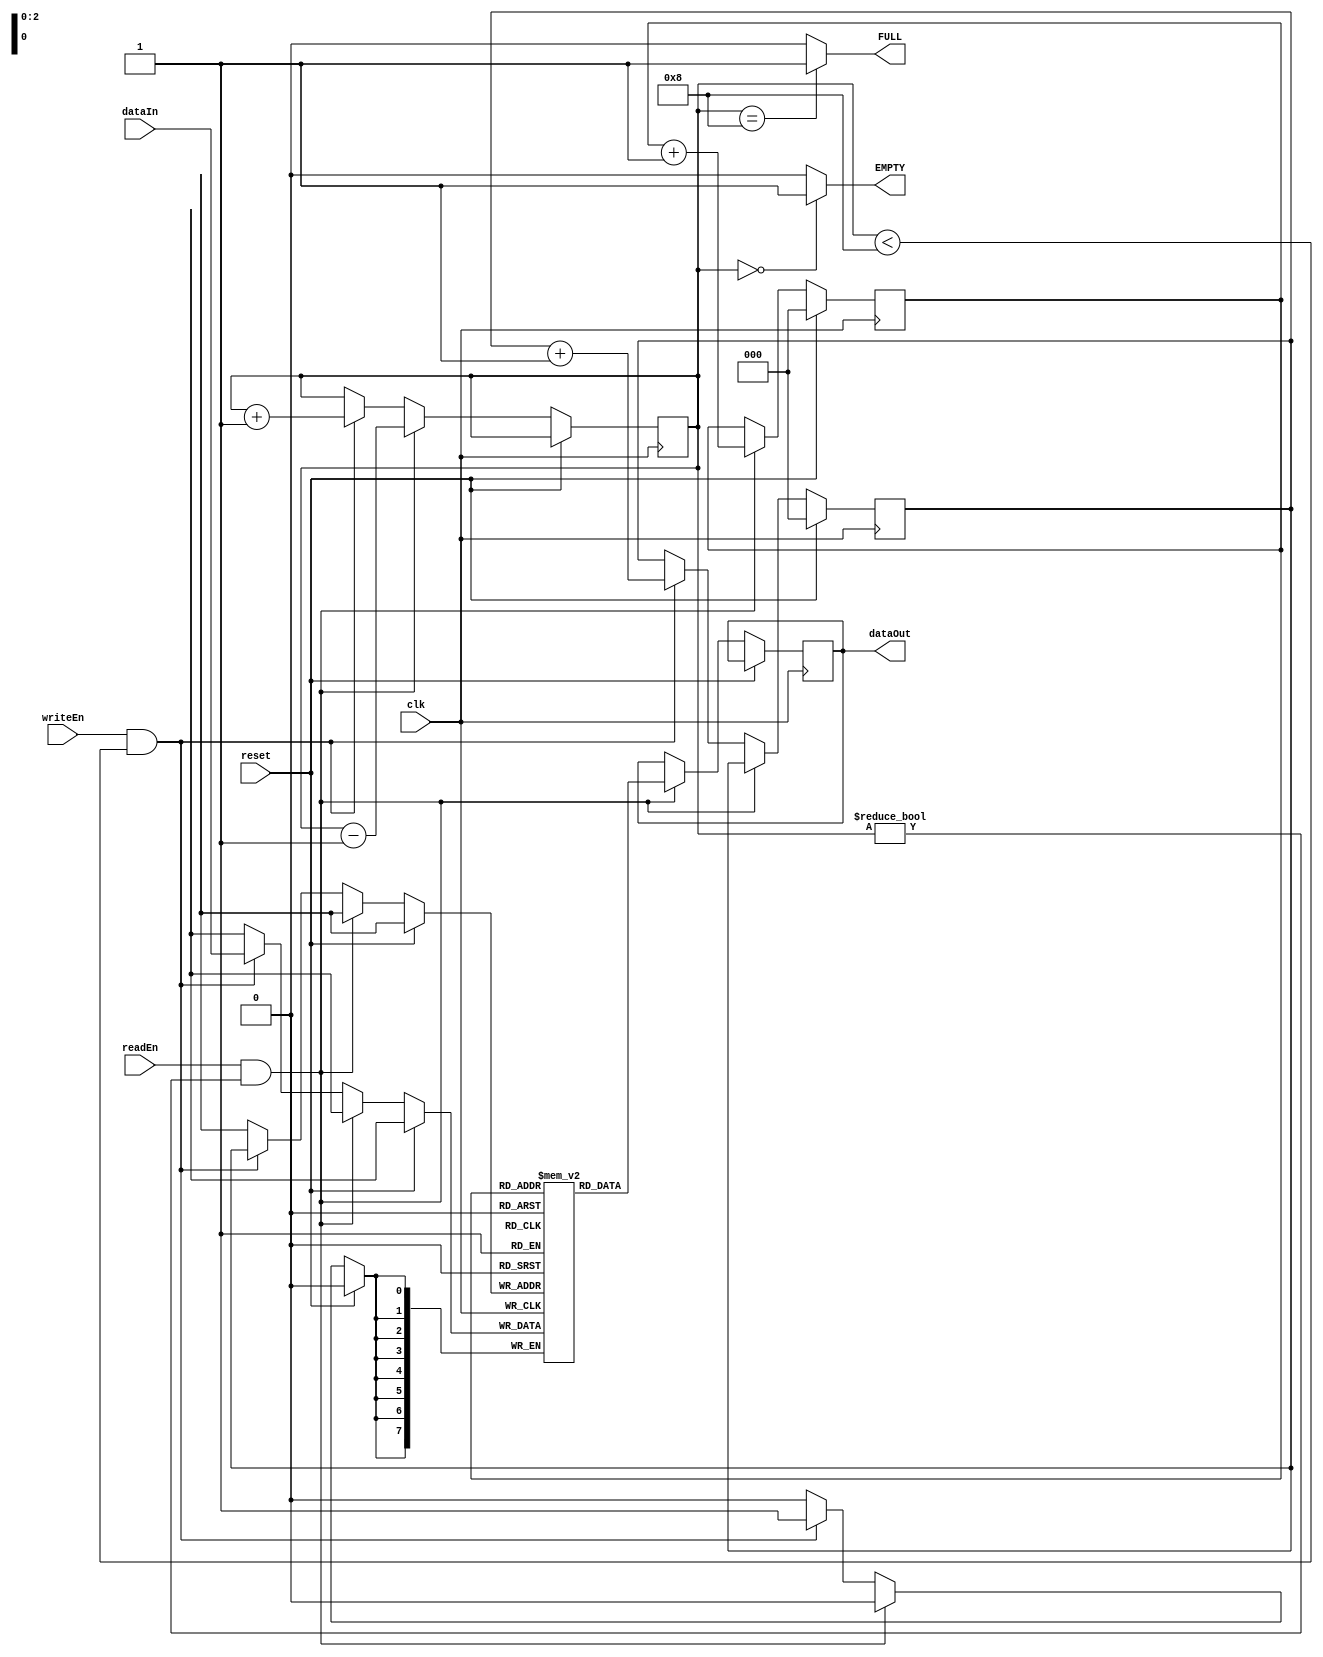
module fifo( clk, dataIn, readEn, writeEn, dataOut, reset, EMPTY, FULL); 

    input clk, readEn, writeEn, reset;
    output EMPTY, FULL;
    input [7:0] dataIn;

    output reg [7:0] dataOut;
    reg [3:0] counter = 0; 
    reg [7:0] FIFO [0:7]; 
    reg [2:0]  readPtr = 0, writePtr = 0; 

    assign EMPTY = (counter==0) ? 1'b1 : 1'b0; 
    assign FULL = (counter==8) ? 1'b1 : 1'b0; 

    always @ (posedge clk) begin 

        if (reset) begin 
            readPtr = 0; 
            writePtr = 0; 
        end 

        else if (readEn == 1'b1 && counter != 0) begin 
            dataOut = FIFO[readPtr]; 
            counter = counter - 1;
            readPtr = readPtr + 1; 
        end 


        else if (writeEn == 1'b1 && counter < 8) begin
            FIFO[writePtr] = dataIn; 
            counter = counter + 1;
            writePtr = writePtr + 1; 
        end 


        if (writePtr == 8) 
            writePtr = 0; 
        else if (readPtr == 8) 
            readPtr = 0; 

    end 

endmodule